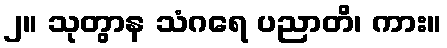
၂။ သုတွာန သံဂရေ ပညာတိ၊ ကား။